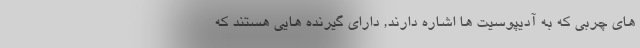
های چربی که به آدیپوسیت ها اشاره دارند, دارای گیرنده هایی هستند که